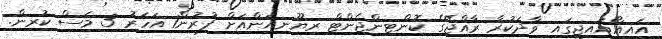
އައިއޯއައިޖީގައި ވާދަކުރާ ރާއްޖޭގެ ކޮންޓިންޖެންޓް ރިޔޫނިއަންއަށް ފުރުން1 އަހަރު 3 މަސް ކުރިން.